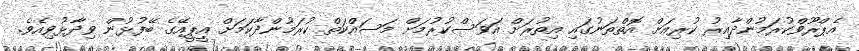
އެޕްރޫވްކުރަމުންދާއިރު ކުރިއަށް އޮތްތަނުގައި އިތުރަށް އަވަސްކުރުމަށް މަސައްކަތް ކުރަމުންދާކަމަށް އީޕީއޭގެ ބޭފުޅުން ވިދާޅުވިއެވެ.